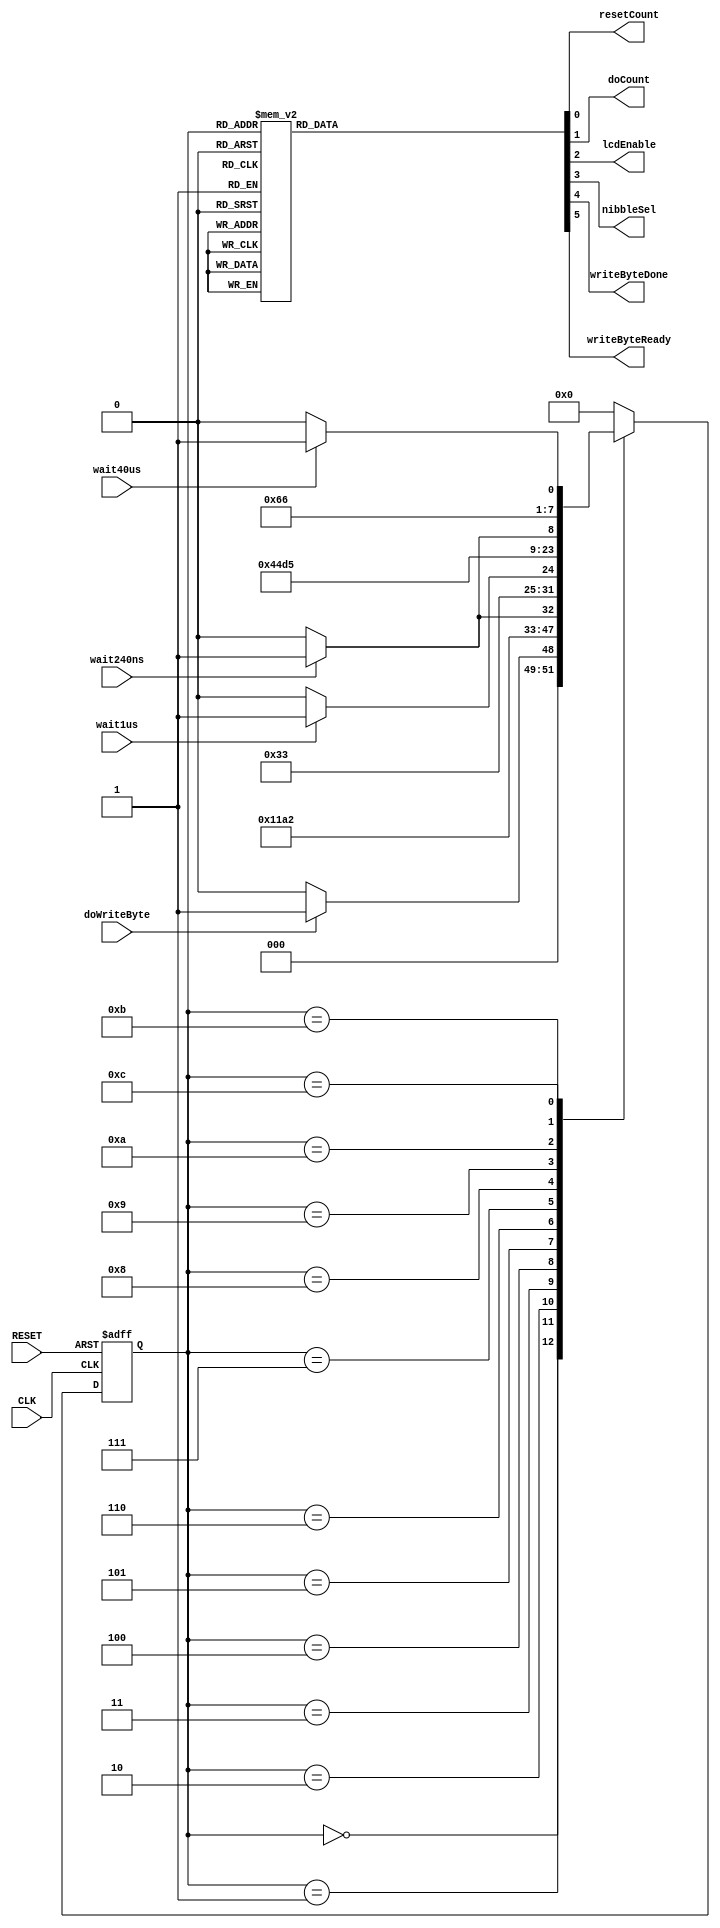
`timescale 1ns / 1ps
//////////////////////////////////////////////////////////////////////////////////
// Company: 
// Engineer: 
// 
// Design Name: 
// Module Name:    lcd_write_byte 
// Project Name: 
// Target Devices: 
// Tool versions: 
// Description: 
//
// Dependencies: 
//
// Revision: 
// Revision 0.01 - File Created
// Additional Comments: 
//
//////////////////////////////////////////////////////////////////////////////////
module lcd_write_byte(CLK,
                      RESET,
                      wait240ns,
                      wait1us,
                      wait40us,
                      doWriteByte,
                      resetCount,
                      doCount,
                      lcdEnable,
                      nibbleSel,
                      writeByteDone,
                      writeByteReady
                      );

   input CLK;
   input RESET;
   input wait240ns;
   input wait1us;
   input wait40us;
   input doWriteByte;
   
   output resetCount;
   output doCount;
   output lcdEnable;
   output nibbleSel;
   output writeByteDone;
   output writeByteReady;

   reg resetCount;
   reg doCount;
   reg lcdEnable;
   reg nibbleSel;
   reg writeByteDone; 
   reg writeByteReady;
  
   // state flip-flops
   reg [3:0]     current_state;
   reg [3:0]     next_state;

   // state definitions
   parameter     READY = 0;
   parameter     HIGH_SETUP_START = 1;
   parameter     HIGH_SETUP_DONE = 2;
   parameter     HIGH_HOLD_START = 3;
   parameter     HIGH_HOLD_WAIT = 4;
   parameter     ONE_US_START = 5;
   parameter     ONE_US_WAIT = 6;
   parameter     LOW_SETUP_START = 7;
   parameter     LOW_SETUP_DONE = 8;
   parameter     LOW_HOLD_START = 9;
   parameter     LOW_HOLD_WAIT = 10;
   parameter     FORTY_US_START = 11;
   parameter     FORTY_US_WAIT = 12;
   parameter     DONE = 13;

   // update current state
   always @ (posedge CLK, posedge RESET)
     begin
        if (RESET)
          current_state = READY;
        else
          current_state = next_state;
     end

   // Output signals
   always @ (current_state)
     begin
        resetCount = 0;
        doCount = 0;
        lcdEnable = 0;
        writeByteDone = 0;
        writeByteReady = 0;
        nibbleSel = 0;

        case (current_state)

          READY:
            begin
               writeByteReady = 1;
            end

          HIGH_SETUP_START:
            begin
               lcdEnable = 0;
               nibbleSel = 1;
            end

          HIGH_SETUP_DONE:
            begin
               lcdEnable = 0;
               nibbleSel = 1;
            end

          HIGH_HOLD_START:
            begin
               resetCount = 1;
               doCount = 1;
               lcdEnable = 1;
               nibbleSel = 1;
            end

          HIGH_HOLD_WAIT:
            begin
               doCount = 1;
               lcdEnable = 1;
               nibbleSel = 1;
            end

          ONE_US_START:
            begin
               resetCount = 1;
               doCount = 1;
            end

          ONE_US_WAIT:
            begin
               doCount = 1;
            end

          LOW_SETUP_START:
            begin
               lcdEnable = 0;
               nibbleSel = 0;
            end

          LOW_SETUP_DONE:
            begin
               lcdEnable = 0;
               nibbleSel = 0;
            end

          LOW_HOLD_START:
            begin
               resetCount = 1;
               doCount = 1;
               lcdEnable = 1;
               nibbleSel = 0;
            end

          LOW_HOLD_WAIT:
            begin
               doCount = 1;
               lcdEnable = 1;
               nibbleSel = 0;
            end

          FORTY_US_START:
            begin
               resetCount = 1;
               doCount = 1;
            end

          FORTY_US_WAIT:
            begin
               doCount = 1;
            end

          DONE:
            begin
               writeByteDone = 1;
            end

          default:
            begin
            end

        endcase
     end

   // Next state
   always @ (current_state, doWriteByte, wait240ns, wait1us, wait40us)
     begin
        case (current_state)

          READY:
            begin
               if (doWriteByte)
                 next_state = HIGH_SETUP_START;
               else
                 next_state = READY;
            end

          HIGH_SETUP_START:
            begin
               next_state = HIGH_SETUP_DONE;
            end

          HIGH_SETUP_DONE:
            begin
               next_state = HIGH_HOLD_START;
            end

          HIGH_HOLD_START:
            begin
               next_state = HIGH_HOLD_WAIT;
            end

          HIGH_HOLD_WAIT:
            begin
               if (wait240ns)
                 next_state = ONE_US_START;
               else
                 next_state = HIGH_HOLD_WAIT;
            end

          ONE_US_START:
            begin
               next_state = ONE_US_WAIT;
            end

          ONE_US_WAIT:
            begin
               if (wait1us)
                 next_state = LOW_SETUP_START;
               else
                 next_state = ONE_US_WAIT;
            end

          LOW_SETUP_START:
            begin
               next_state = LOW_SETUP_DONE;
            end

          LOW_SETUP_DONE:
            begin
               next_state = LOW_HOLD_START;
            end

          LOW_HOLD_START:
            begin
               next_state = LOW_HOLD_WAIT;
            end

          LOW_HOLD_WAIT:
            begin
               if (wait240ns)
                 next_state = FORTY_US_START;
               else
                 next_state = LOW_HOLD_WAIT;
            end

          FORTY_US_START:
            begin
               next_state = FORTY_US_WAIT;
            end

          FORTY_US_WAIT:
            begin
               if (wait40us)
                 next_state = DONE;
               else
                 next_state = FORTY_US_WAIT;
            end

          DONE:
            begin
               next_state = READY;
            end

          default:
            begin
               next_state = READY;
            end

        endcase
     end
endmodule